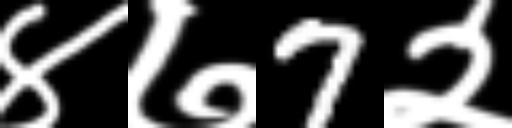
Text: ४७7२